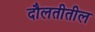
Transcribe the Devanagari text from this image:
दौलतीतील